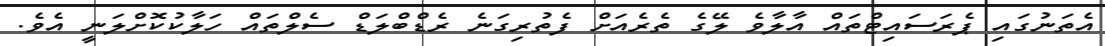
އެތަނުގައި ޕެރަސައިޓްތައް އާލާވެ ލޭގެ ތެރެއަށް ފެތުރިގަނެ ރެޑްބްލަޑް ސެލްތައް ހަލާކުކޮށްލަނީ އެވެ.